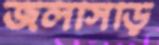
জলসিড়ি